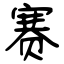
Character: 赛